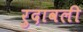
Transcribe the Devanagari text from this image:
रुदावली